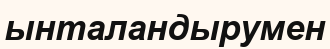
ынталандырумен